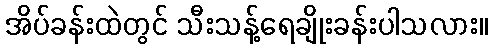
အိပ်ခန်းထဲတွင် သီးသန့်ရေချိုးခန်းပါသလား။